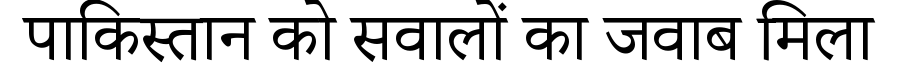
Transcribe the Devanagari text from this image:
पाकिस्तान को सवालों का जवाब मिला